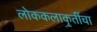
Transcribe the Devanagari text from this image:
लोककलाकृतींचा